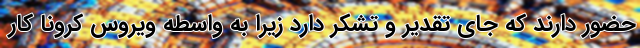
حضور دارند که جای تقدیر و تشکر دارد زیرا به واسطه ویروس کرونا کار